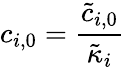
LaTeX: c_{i,0}=\frac{\tilde{c}_{i,0}}{\tilde{\kappa}_{i}}